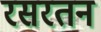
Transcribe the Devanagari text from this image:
रसरतन